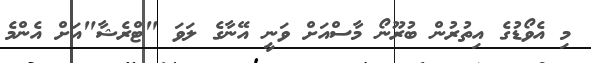
މި އެވޯޑުގެ އިތުރުން ބުރޫނޯ މާސްއަށް ވަނީ އޭނާގެ ލަވަ "ޓްރެޝާ"އަށް އެންމެ